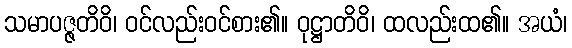
သမာပဇ္ဇတိဝိ၊ ဝင်လည်းဝင်စား၏။ ဝုဋ္ဌာတိဝိ၊ ထလည်းထ၏။ အယံ၊